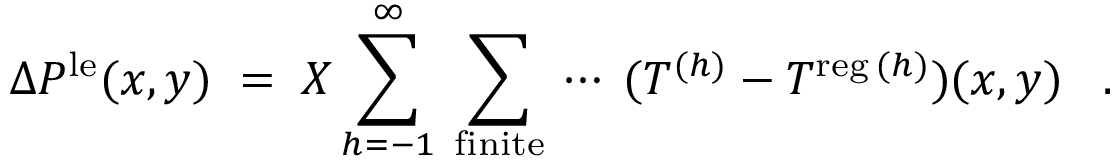
\Delta P ^ { \mathrm { \scriptsize { l e } } } ( x , y ) \; = \; X \sum _ { h = - 1 } ^ { \infty } \: \sum _ { \mathrm { \scriptsize { f i n i t e } } } \: \cdots \: ( T ^ { ( h ) } - T ^ { \mathrm { \scriptsize { r e g } } \: ( h ) } ) ( x , y ) \; \; \; .